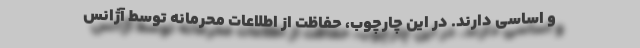
و اساسی دارند. در این چارچوب، حفاظت از اطلاعات محرمانه توسط آژانس